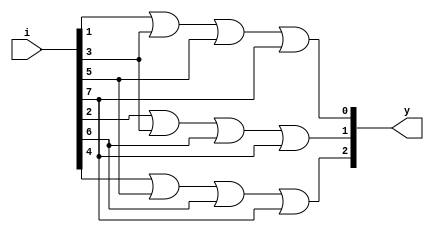
/***********************************************************************
Description: 8 to 3 binary encoder using dataflow abstraction
************************************************************************/

module encoder_8to3_dataflow(
	input	[7:0]	i,
	output	[2:0]	y
);

	assign y[0] = i[1] | i[3] | i[5] | i[7];
	assign y[1] = i[2] | i[3] | i[6] | i[7];
	assign y[2] = i[4] | i[5] | i[6] | i[7];
	
endmodule